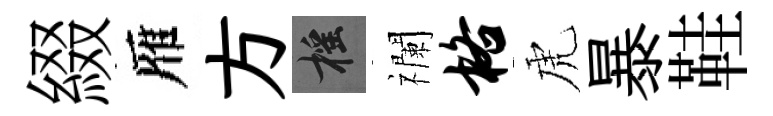
綴雁方摇襴格虎暴鞋